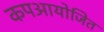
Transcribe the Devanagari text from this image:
कपआयोजित